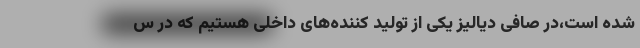
شده است،در صافی دیالیز یکی از تولید کننده‌های داخلی هستیم که در س